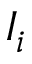
I _ { i }